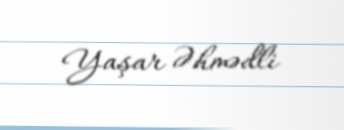
Yaşar Əhmədli